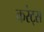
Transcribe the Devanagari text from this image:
करंट्स